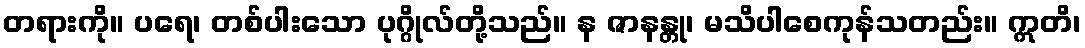
တရားကို။ ပရေ၊ တစ်ပါးသော ပုဂ္ဂိုလ်တို့သည်။ န ဇာနန္တု၊ မသိပါစေကုန်သတည်း။ ဣတိ၊